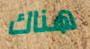
هناك